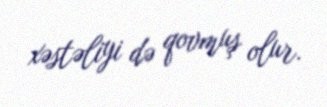
xəstəliyi də qovmuş olur.